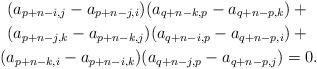
LaTeX: \begin{gather*}(a_{p+n-i,j}-a_{p+n-j,i})(a_{q+n-k,p}-a_{q+n-p,k})+{}\\(a_{p+n-j,k}-a_{p+n-k,j})(a_{q+n-i,p}-a_{q+n-p,i})+{}\\(a_{p+n-k,i}-a_{p+n-i,k})(a_{q+n-j,p}-a_{q+n-p,j})=0.\end{gather*}